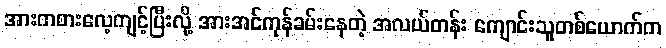
အားကစားလေ့ကျင့်ပြီးလို့ အားအင်ကုန်ခမ်းနေတဲ့ အလယ်တန်း ကျောင်းသူတစ်ယောက်က